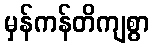
မှန်ကန်တိကျစွာ